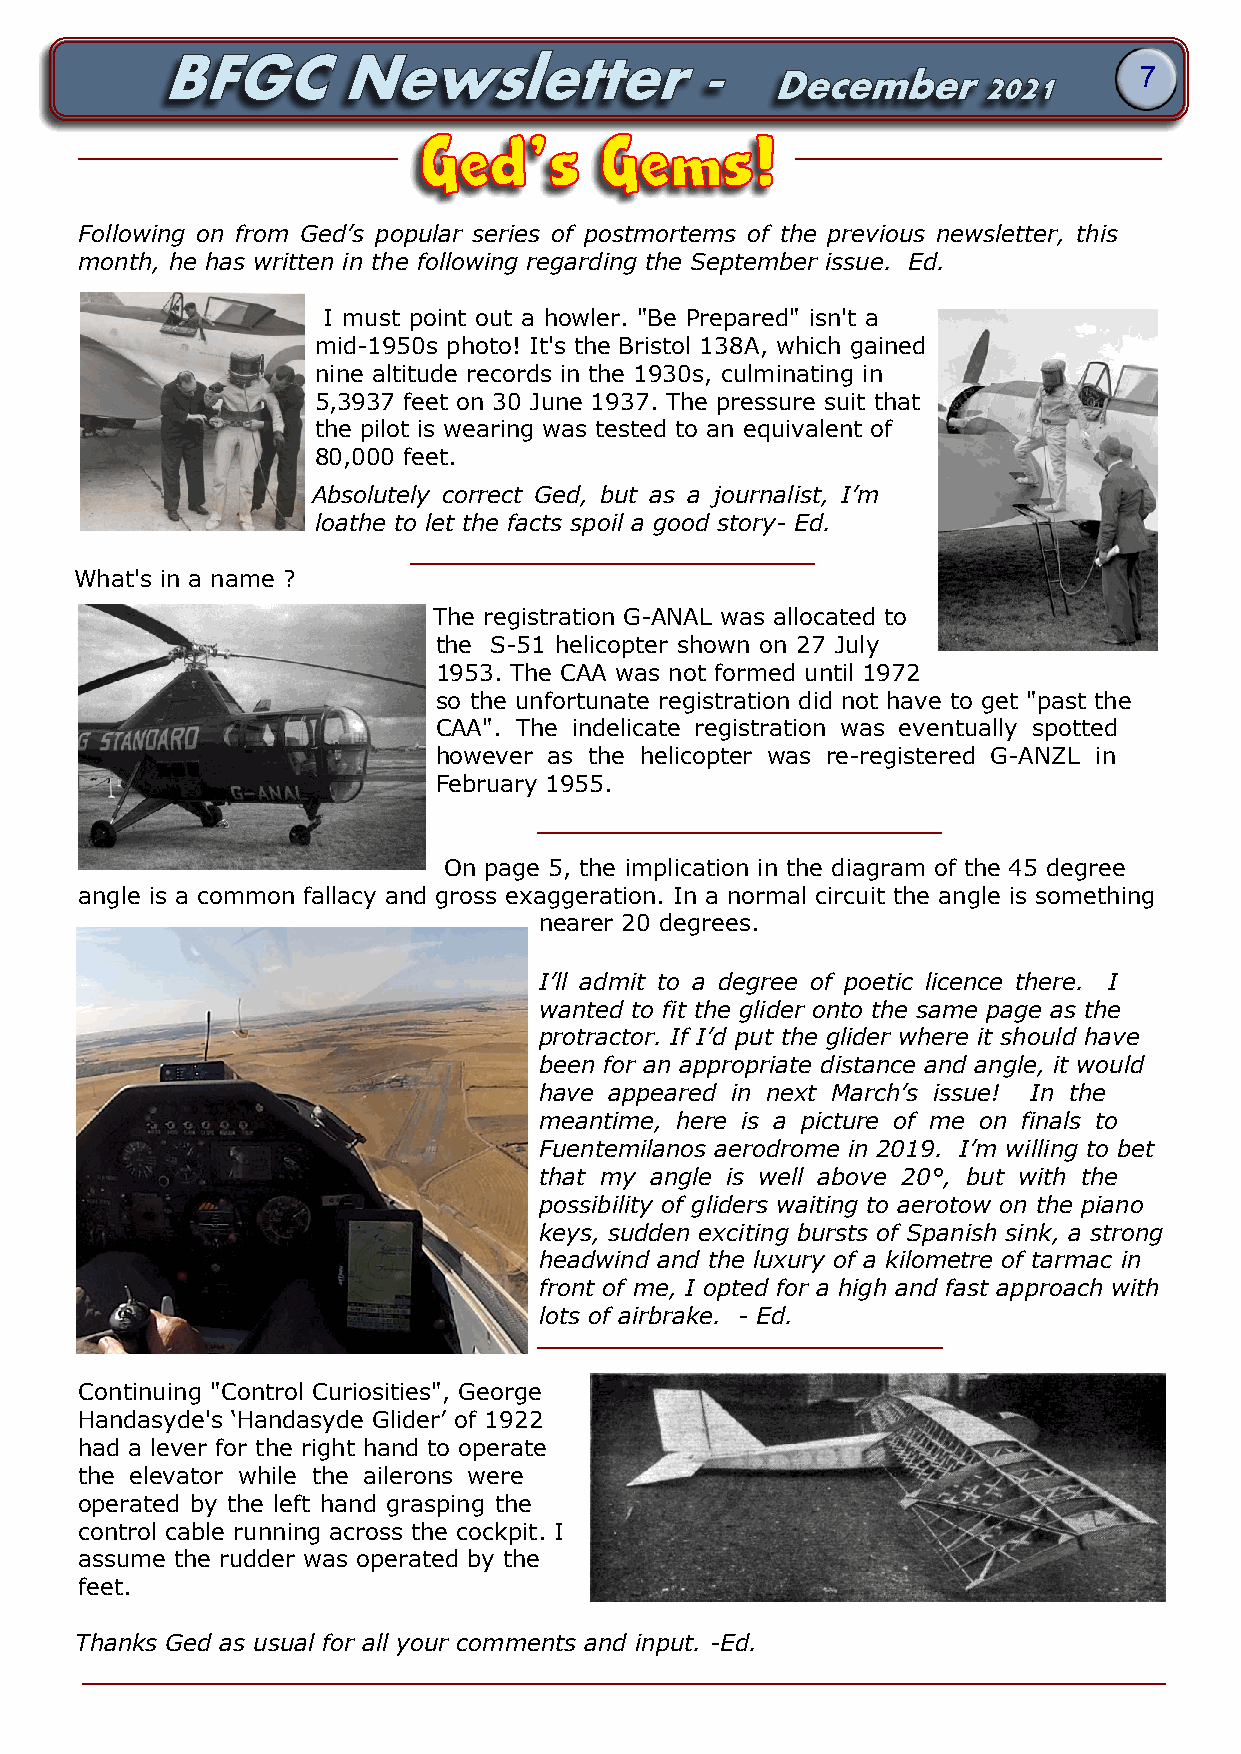
7
 Ged’s       Gems!
 Following on from Ged’s popular series of postmortems of the previous newsletter, this
 month, he has written in the following regarding the September issue. Ed.
 I must point out a howler. "Be Prepared" isn't a
 mid-1950s photo! It's the Bristol 138A, which gained
 nine altitude records in the 1930s, culminating in
 5,3937 feet on 30 June 1937. The pressure suit that
 the pilot is wearing was tested to an equivalent of
 80,000 feet.
 Absolutely correct Ged, but as a journalist, I’m
 loathe to let the facts spoil a good story- Ed.
 What's in a name ?
 The registration G-ANAL was allocated to
 the S-51 helicopter shown on 27 July
 1953. The CAA was not formed until 1972
 so the unfortunate registration did not have to get "past the
 CAA". The indelicate registration was eventually spotted
 however as the helicopter was re-registered G-ANZL in
 February 1955.
 On page 5, the implication in the diagram of the 45 degree
 angle is a common fallacy and gross exaggeration. In a normal circuit the angle is something
 nearer 20 degrees.
 I’ll admit to a degree of poetic licence there. I
 wanted to fit the glider onto the same page as the
 protractor. If I’d put the glider where it should have
 been for an appropriate distance and angle, it would
 have appeared in next March’s issue! In the
 meantime, here is a picture of me on finals to
 Fuentemilanos aerodrome in 2019. I’m willing to bet
 that my angle is well above 20°, but with the
 possibility of gliders waiting to aerotow on the piano
 keys, sudden exciting bursts of Spanish sink, a strong
 headwind and the luxury of a kilometre of tarmac in
 front of me, I opted for a high and fast approach with
 lots of airbrake. - Ed.
 Continuing "Control Curiosities", George
 Handasyde's ‘Handasyde Glider’ of 1922
 had a lever for the right hand to operate
 the elevator while the ailerons were
 operated by the left hand grasping the
 control cable running across the cockpit. I
 assume the rudder was operated by the
 feet.
 Thanks Ged as usual for all your comments and input. -Ed.